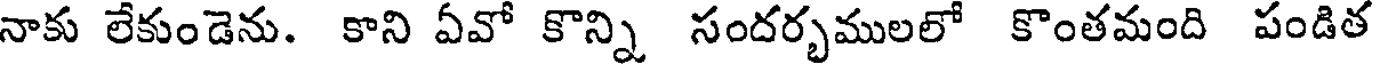
నాకు లేకుండెను. కాని ఏవో కొన్ని సందర్భములలో కొంతమంది పండిత